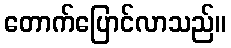
တောက်ပြောင်လာသည်။